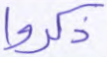
ذكروا